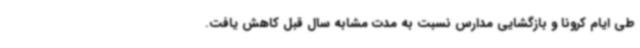
طی ایام کرونا و بازگشایی مدارس نسبت به مدت مشابه سال قبل کاهش یافت.